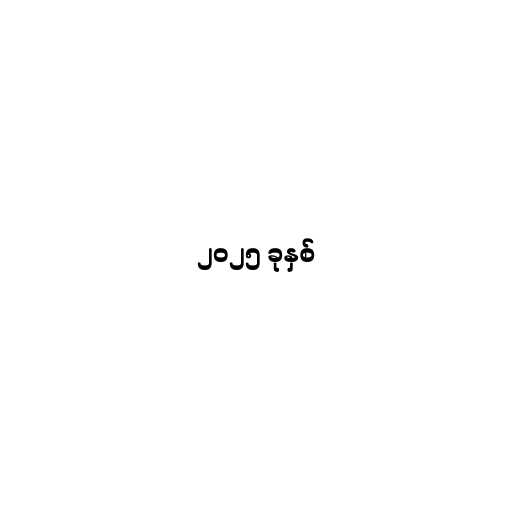
၂၀၂၅ ခုနှစ်